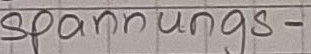
Text: spannungs-